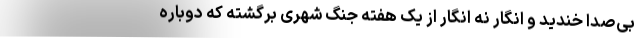
بی‌صدا خندید و انگار نه انگار از یک هفته جنگ شهری برگشته که دوباره